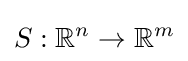
S:\mathbb {R} ^{n}\to \mathbb {R} ^{m}